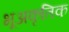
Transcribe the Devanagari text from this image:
भूअकृतिक